38_143685_box7_Incident_Summaries_1-100
Agency: Department of War
Page 36
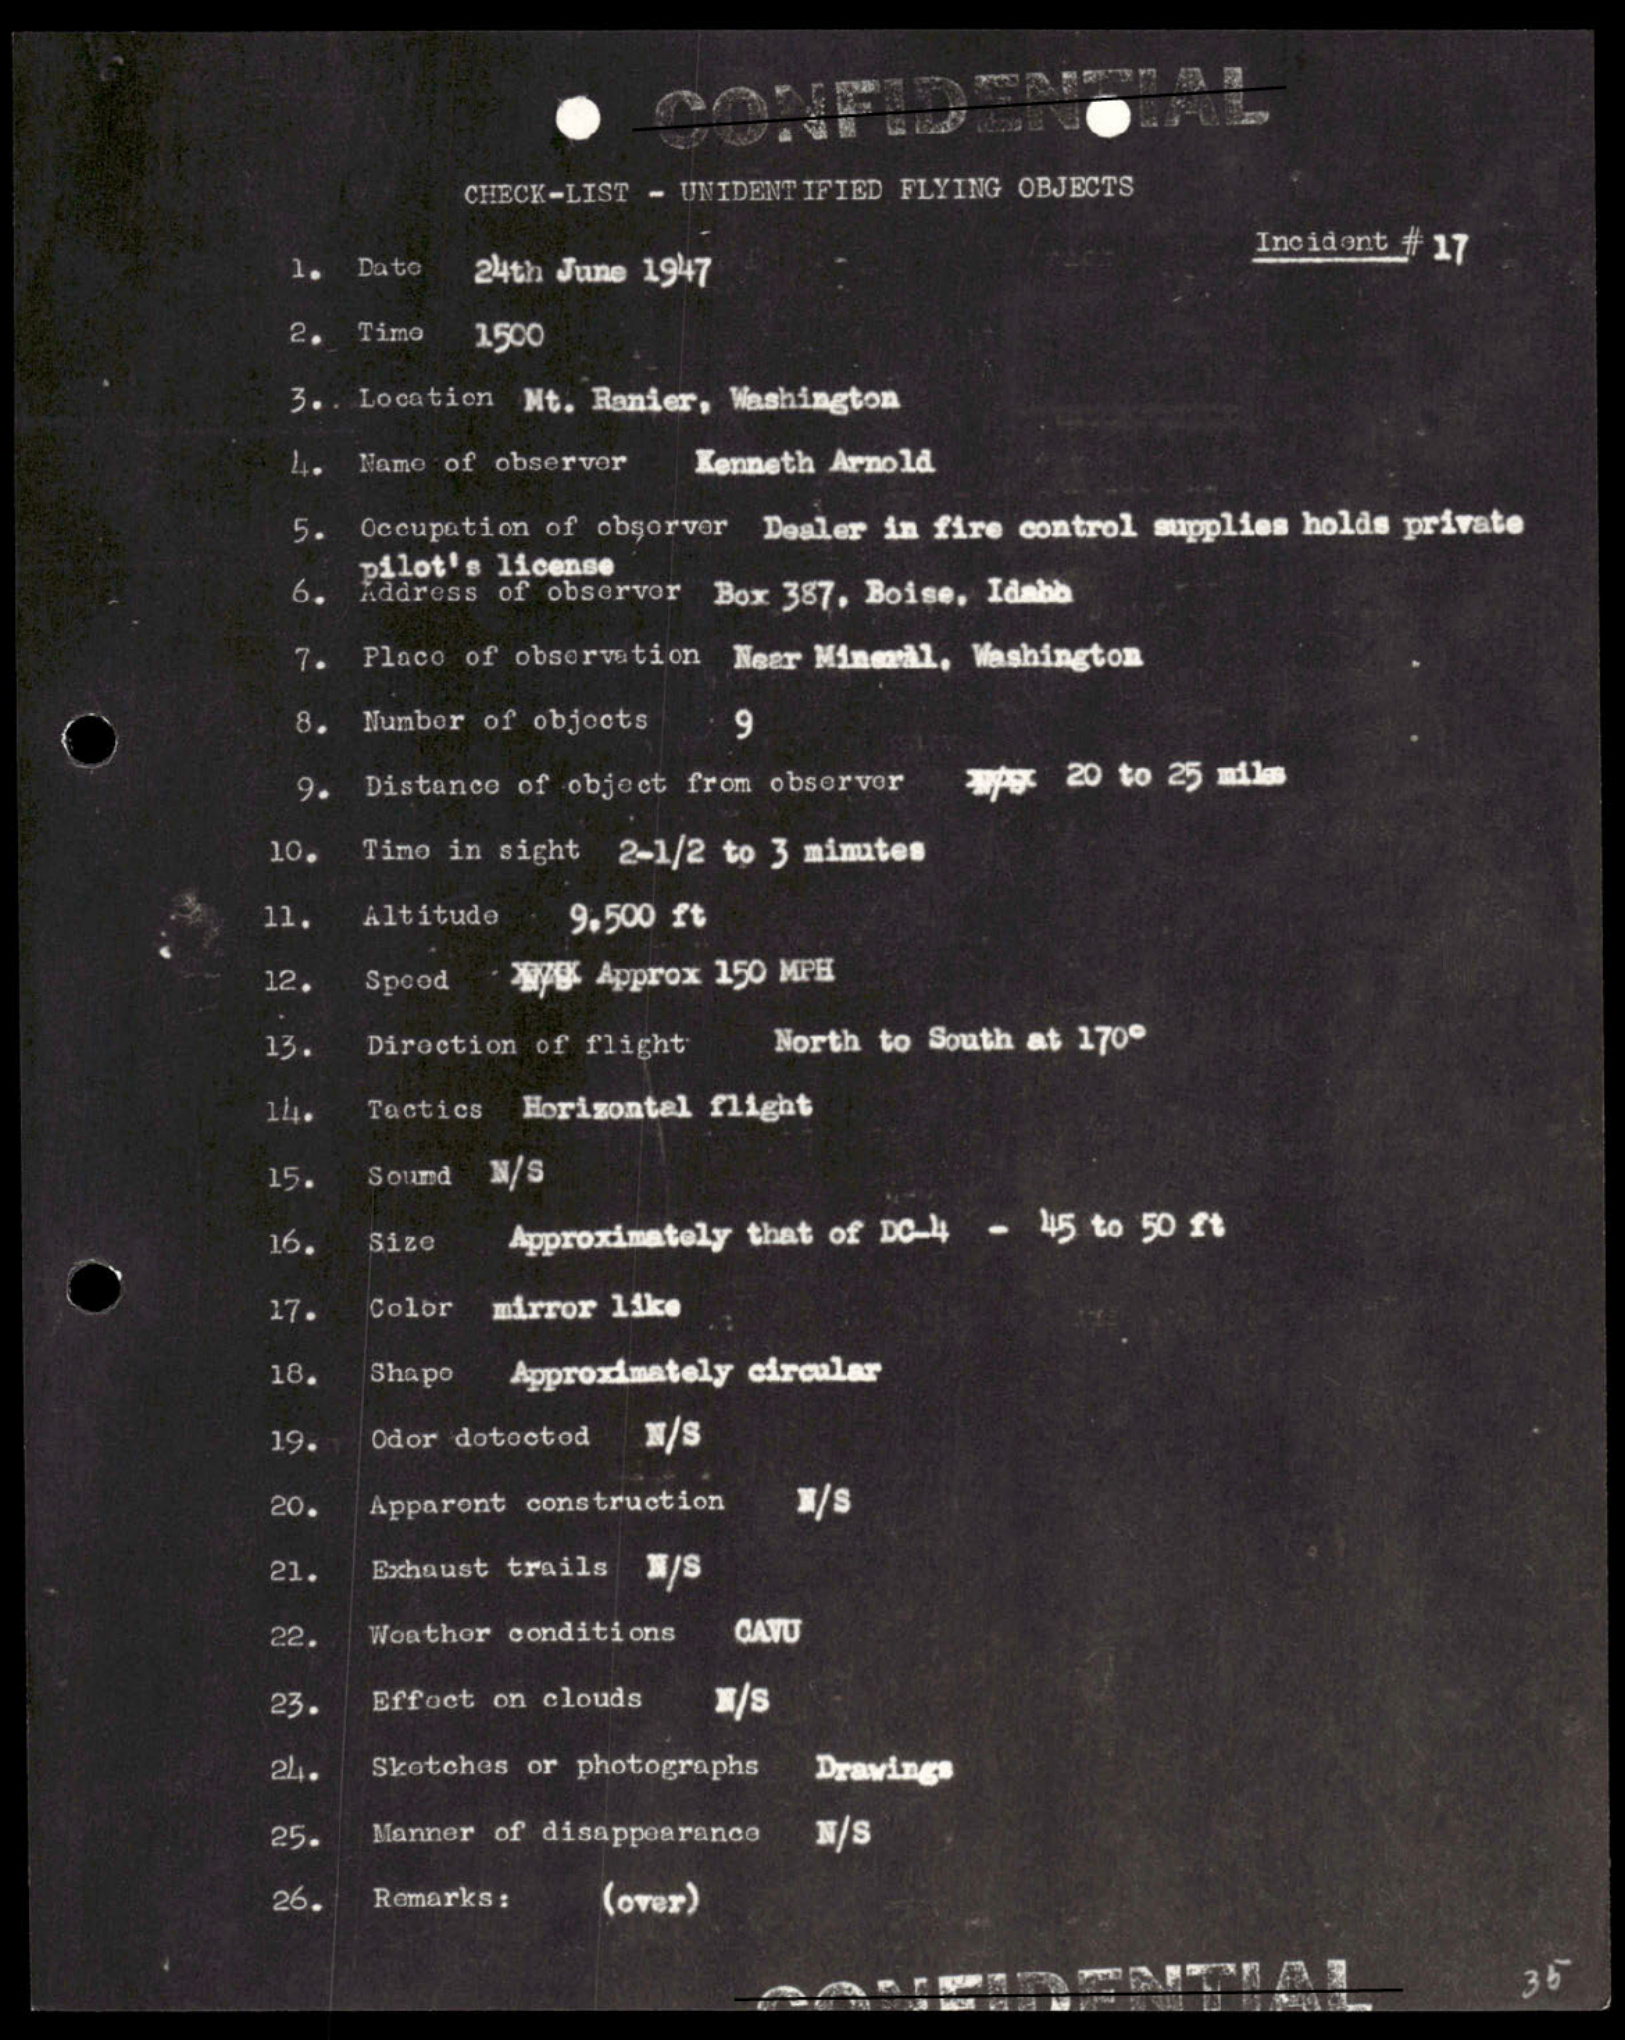